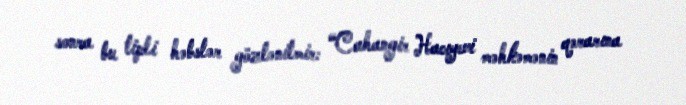
sonra bu tipli həbslər gözlənilmir: “Cahangir Hacıyevi məhkəmənin qərarına